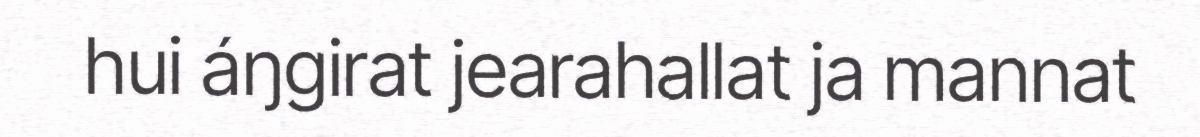
hui áŋgirat jearahallat ja mannat